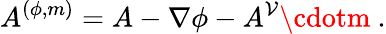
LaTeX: A^{(\phi,m)}=A-\nabla\phi-A^{\mathcal{V}}\cdotm\ .